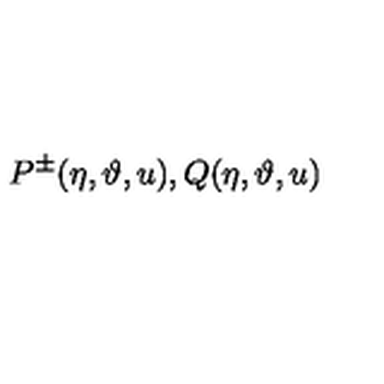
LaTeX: P ^ { \pm } ( \eta , \vartheta , u ) , Q ( \eta , \vartheta , u )